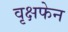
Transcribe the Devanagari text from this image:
वृक्षफेन